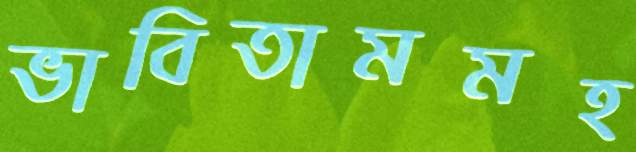
ভাবিতামমহ